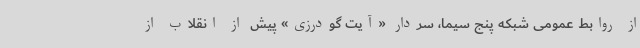
از روابط عمومی شبکه پنج سیما، سردار «آیت گودرزی» پیش از انقلاب از